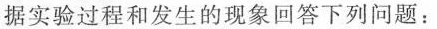
据实验过程和发生的现象回答下列问题：